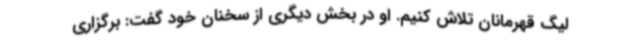
لیگ قهرمانان تلاش کنیم. او در بخش دیگری از سخنان خود گفت: برگزاری